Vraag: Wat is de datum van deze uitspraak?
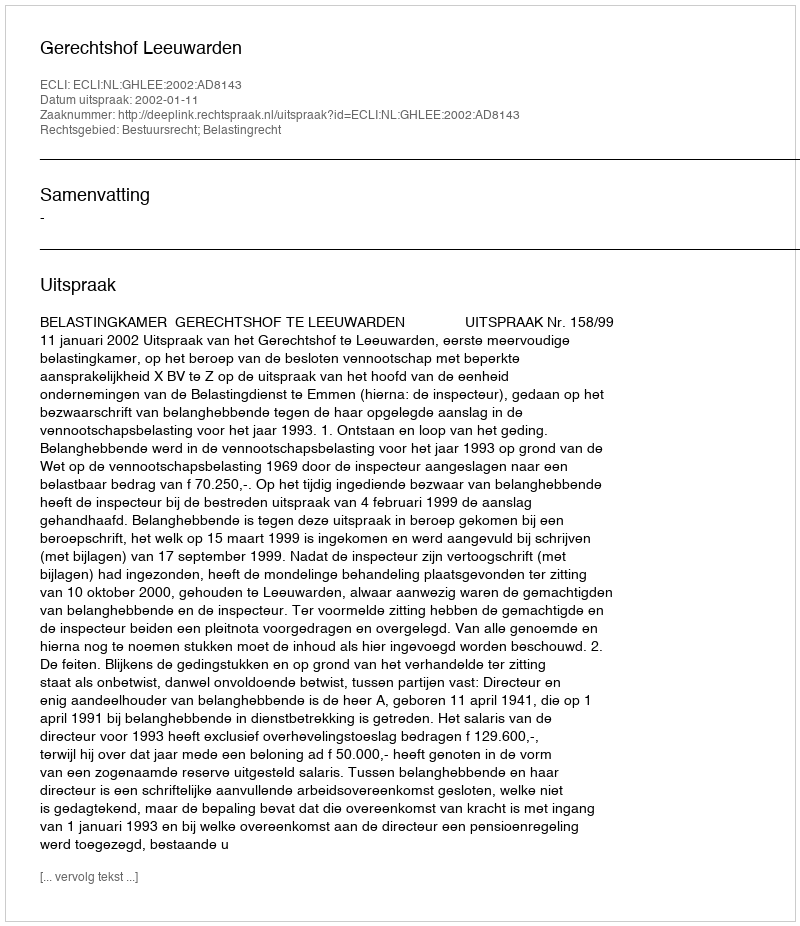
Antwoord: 2002-01-11